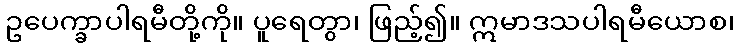
ဥပေက္ခာပါရမီတို့ကို။ ပူရေတွာ၊ ဖြည့်၍။ ဣမာဒသပါရမီယောစ၊